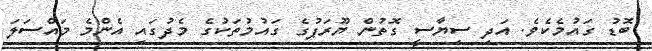
ބޮޑު ގައުމެކެވެ. އަދި ސިޔާސީ ގޮތުން ޔޫރަޕުގެ ގައުމުތަކުގެ މެދުގައި އެންމެ މައްސަލަ